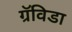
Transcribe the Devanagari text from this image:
ग्रॅविडा